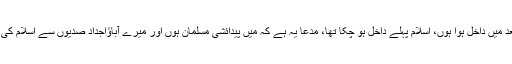
زندگی میں شاید میں بعد میں داخل ہوا ہوں، اسلام پہلے داخل ہو چکا تھا، مدعا یہ ہے کہ میں پیدائشی مسلمان ہوں اور میرے آباؤاجداد صدیوں سے اسلام کی مالا جپتے آ رہے ہیں۔